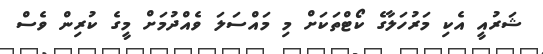
ޝަރުއީ އެކި މަރުހަލާގެ ކޯޓްތަކަށް މި މައްސަލަ ވެއްދުމަށް މީގެ ކުރިން ވެސް